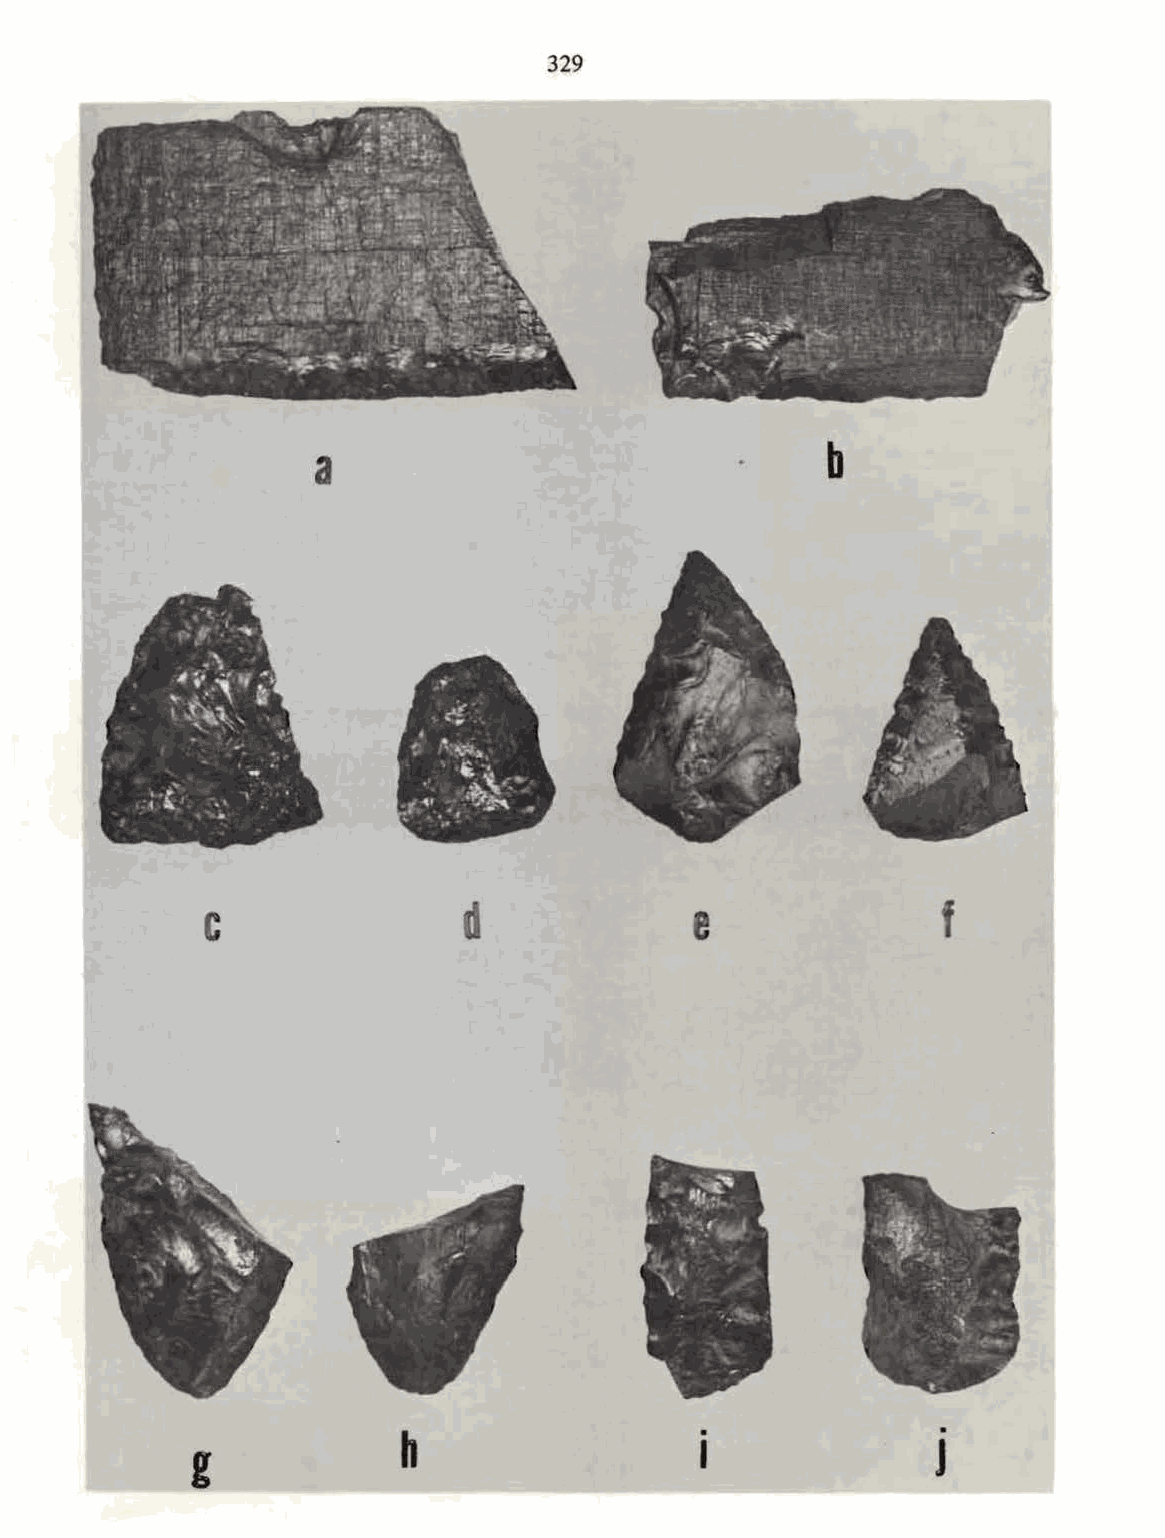
329
 a                                 b
 c                d              e               f
 .               .
 h                  I               J